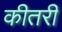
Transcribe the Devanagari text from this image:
कीतरी